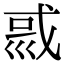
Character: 𡿿